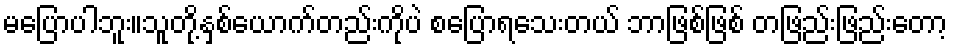
မပြောပါဘူး။သူတို့နှစ်ယောက်တည်းကိုပဲ စပြောရသေးတယ် ဘာဖြစ်ဖြစ် တဖြည်းဖြည်းတော့